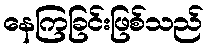
နေကြခြင်းဖြစ်သည်